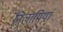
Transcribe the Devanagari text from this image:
निलामियां